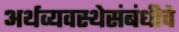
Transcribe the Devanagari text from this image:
अर्थव्यवस्थेसंबंधीचे